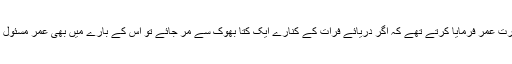
حضرت عمرؓ فرمایا کرتے تھے کہ اگر دریائے فرات کے کنارے ایک کتا بھوک سے مر جائے تو اس کے بارے میں بھی عمرؓ مسئول ہوگا۔